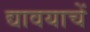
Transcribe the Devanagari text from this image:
द्यावयाचें